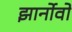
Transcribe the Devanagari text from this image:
झार्नोवो